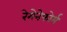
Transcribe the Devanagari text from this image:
रेगेनेफोर्म